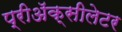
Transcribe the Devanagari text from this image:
प्रीअॅक्सीलेटर